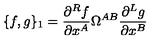
\{ f , g \} _ { 1 } = \frac { \partial ^ { R } f } { \partial x ^ { A } } \Omega ^ { A B } \frac { \partial ^ { L } g } { \partial x ^ { B } }